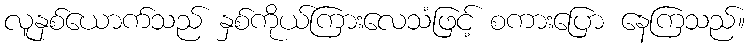
လူနှစ်ယောက်သည် နှစ်ကိုယ်ကြားလေသံဖြင့် စကားပြော နေကြသည်။